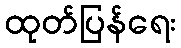
ထုတ်ပြန်ရေး